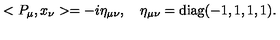
< P _ { \mu } , x _ { \nu } > = - i \eta _ { \mu \nu } , \quad \eta _ { \mu \nu } = \mathrm { d i a g } ( - 1 , 1 , 1 , 1 ) .